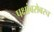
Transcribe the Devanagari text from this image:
पक्षांबरोबरच